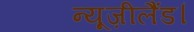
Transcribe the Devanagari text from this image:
न्यूज़ीलैंड।